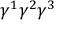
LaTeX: \gamma ^ { 1 } \gamma ^ { 2 } \gamma ^ { 3 }